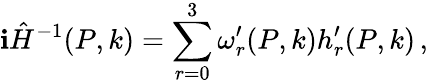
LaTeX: \mathbf{i}\hat{{H}}^{-1}(P,k)=\sum_{r=0}^{3}\omega_{r}^{\prime}(P,k)h_{r}^{\prime}(P,k)\, ,